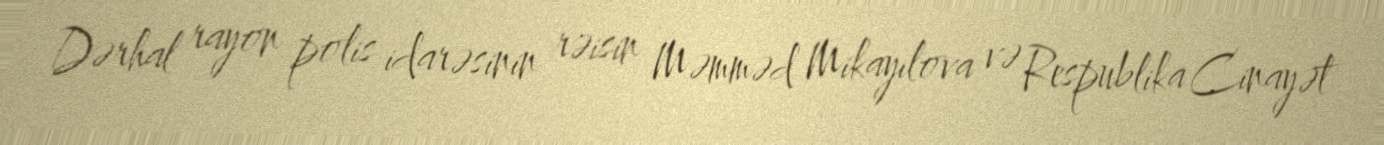
Dərhal rayon polis idarəsinin rəisin Məmməd Mikayılova və Respublika Cinayət